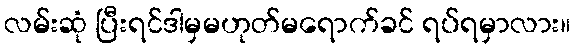
လမ်းဆုံ ပြီးရင်ဒါမှမဟုတ်မရောက်ခင် ရပ်ရမှာလား။